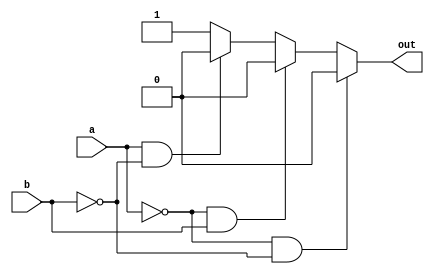
module and_gate(out, a, b);
	
	output out;
	input a,b;
	
	reg out;
	always @(a or b)
		begin
			if(!a && !b)
				out=0;
			else if(!a && b)
				out=0;
			else if(a && !b)
				out=0;
			else
				out=1;
		end
endmodule